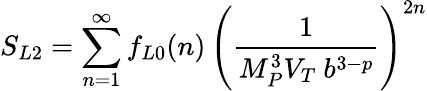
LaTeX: S_{L2}=\sum_{n=1}^{\infty}f_{L0}(n)\, \left({\frac{1}{M_{P}^{3}V_{T}~b^{3-p}}}\right)^{2n}